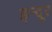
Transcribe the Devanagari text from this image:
इन्दूर